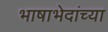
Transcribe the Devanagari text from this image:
भाषाभेदांच्या